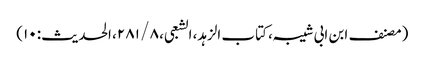
(مصنف ابن ابی شیبہ، کتاب الزہد، الشعبی، ۸ / ۲۸۱، الحدیث: ۱۰)